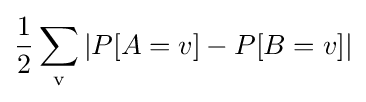
{\frac {1}{2}}\sum _{\mathrm {v} }|P[A=v]-P[B=v]|